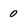
Character: 0